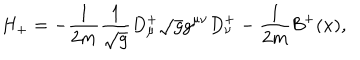
LaTeX: H _ { + } = - \frac { 1 } { 2 m } \frac { 1 } { \sqrt { g } } D _ { \mu } ^ { + } \sqrt { g } g ^ { \mu \nu } D _ { \nu } ^ { + } - \frac { 1 } { 2 m } { \mathcal { B } } ^ { + } ( x ) ,